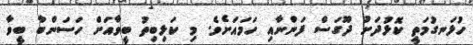
ހުޅަނގުމަތީ ކޮޅުދަށު ދޫގަސް ފަންނާއި ހަމައަށެވެ. މި ކަޅިބިތު ބީވާއަށް ހަސަންބާ ބީވާ